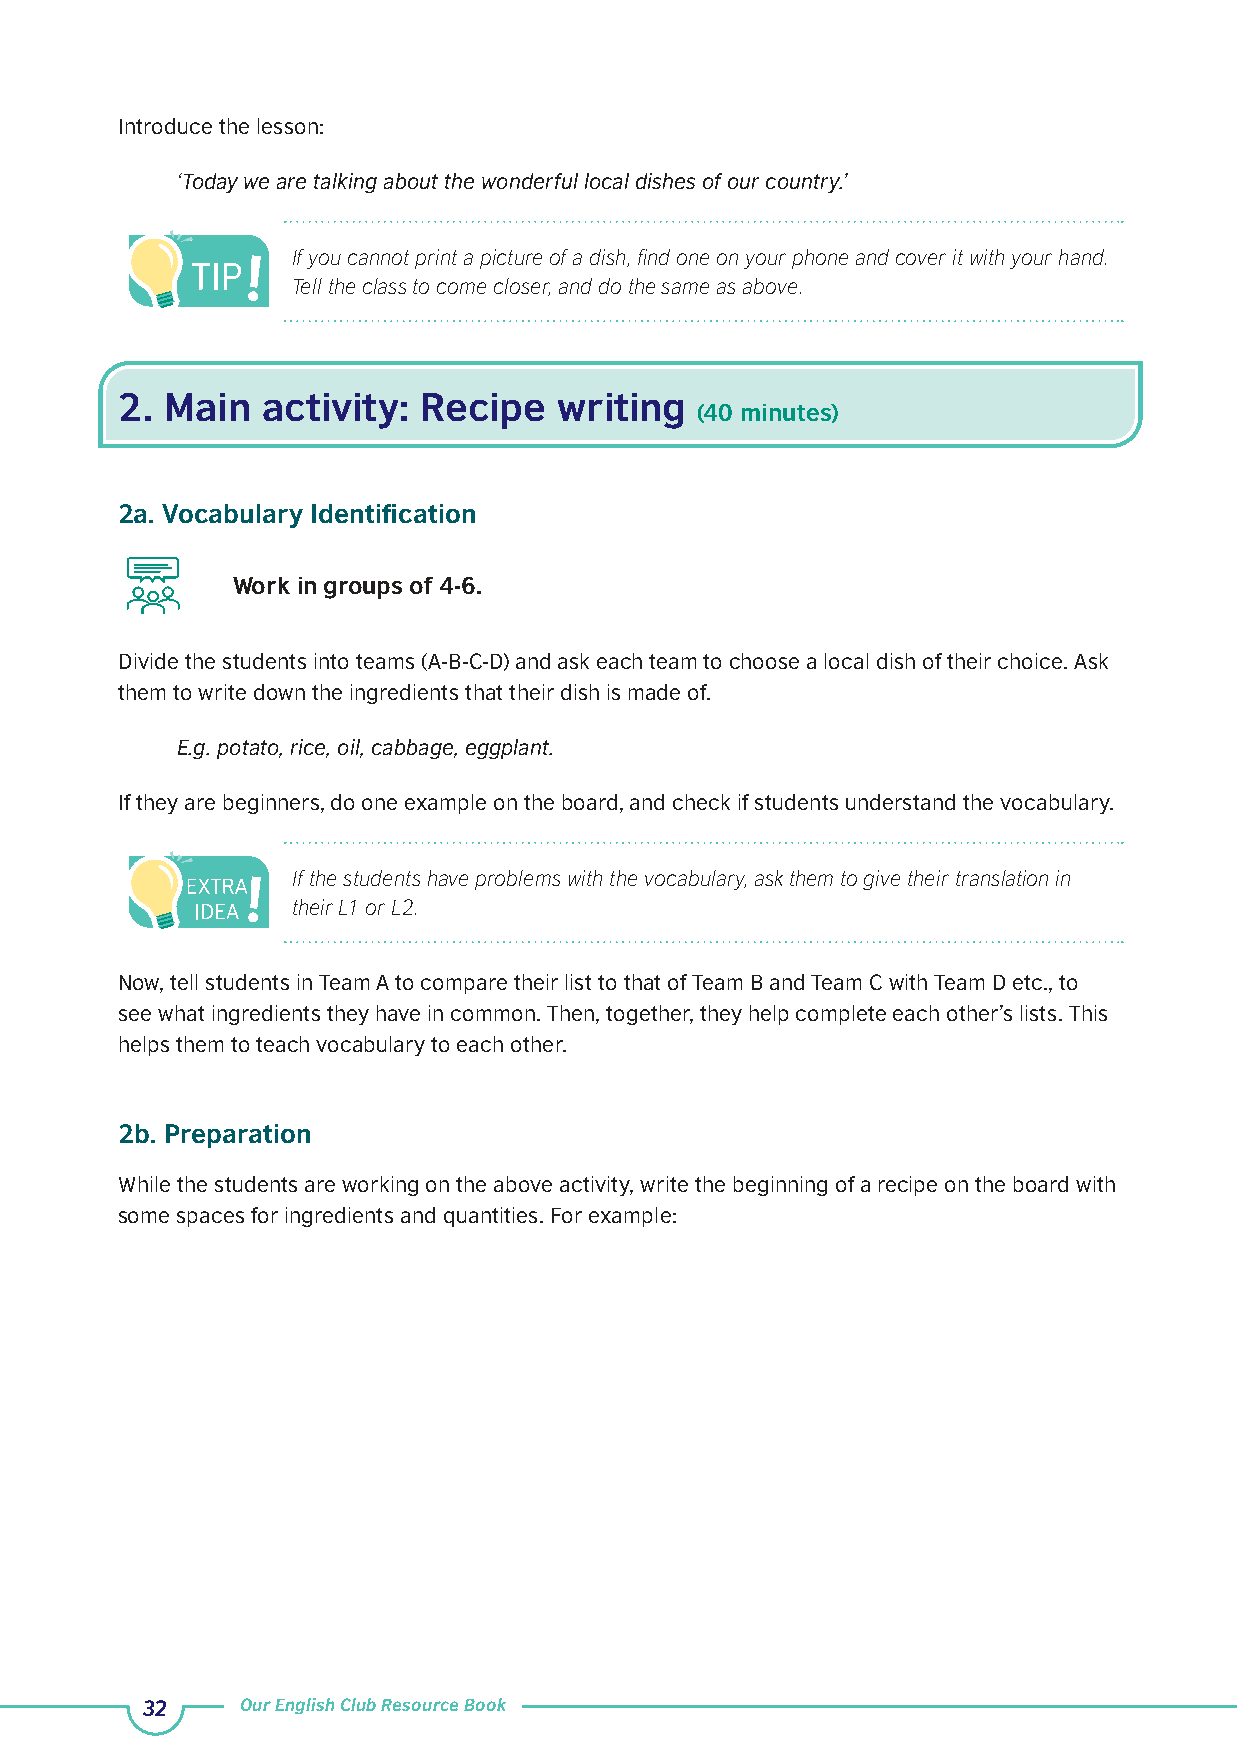
Introduce the lesson:
 ‘Today we are talking about the wonderful local dishes of our country.’
 If you cannot print a picture of a dish, find one on your phone and cover it with your hand.
 Tell the class to come closer, and do the same as above.
 2. Main  activity:  Recipe   writing
 (40 minutes)
 2a. Vocabulary Identification
 Work in groups of 4-6.
 Divide the students into teams (A-B-C-D) and ask each team to choose a local dish of their choice. Ask
 them to write down the ingredients that their dish is made of.
 E.g. potato, rice, oil, cabbage, eggplant.
 If they are beginners, do one example on the board, and check if students understand the vocabulary.
 If the students have problems with the vocabulary, ask them to give their translation in
 their L1 or L2.
 Now, tell students in Team A to compare their list to that of Team B and Team C with Team D etc., to
 see what ingredients they have in common. Then, together, they help complete each other’s lists. This
 helps them to teach vocabulary to each other.
 2b. Preparation
 While the students are working on the above activity, write the beginning of a recipe on the board with
 some spaces for ingredients and quantities. For example:
 32     Our English Club Resource Book